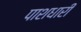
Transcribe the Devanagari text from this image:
पाशधारी